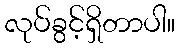
လုပ်ခွင့်ရှိတာပါ။